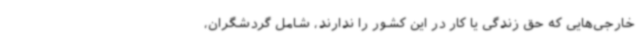
خارجی‌هایی که حق زندگی یا کار در این کشور را ندارند، شامل گردشگران،